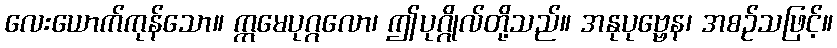
လေးယောက်ကုန်သော။ ဣမေပုဂ္ဂလော၊ ဤပုဂ္ဂိုလ်တို့သည်။ အနုပုဗ္ဗေန၊ အစဉ်သဖြင့်။